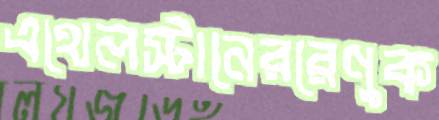
এথেলস্টানেররেণুক